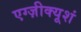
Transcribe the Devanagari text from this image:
एग्ज़ीक्यूशं